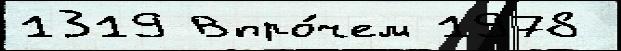
1319 Впро́чем 1978